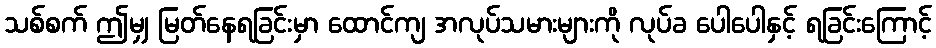
သစ်စက် ဤမျှ မြတ်နေရခြင်းမှာ ထောင်ကျ အလုပ်သမားများကို လုပ်ခ ပေါပေါနှင့် ရခြင်းကြောင့်